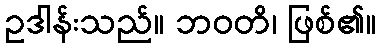
ဥဒါန်းသည်။ ဘဝတိ၊ ဖြစ်၏။